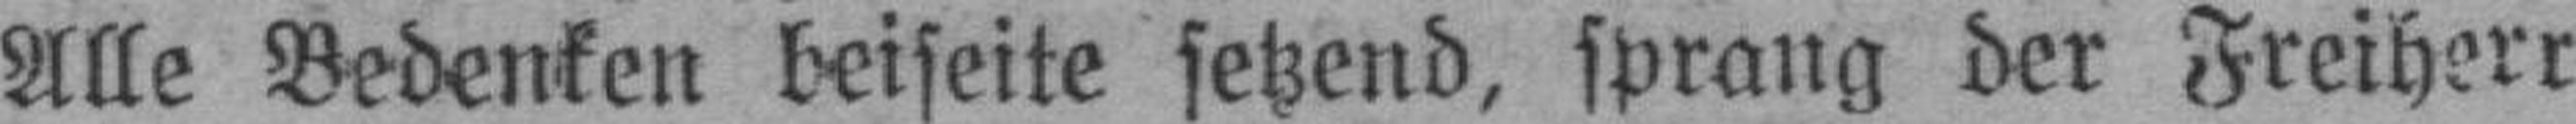
Alle Bedenken beiseite setzend, sprang der Freiherr